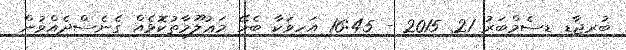
ބުރިޖާޑި ޑިސެމްބަރު 21